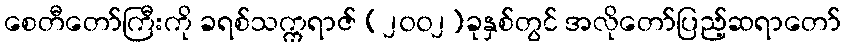
စေတီတော်ကြီးကို ခရစ်သက္ကရာဇ် (၂၀၀၂)ခုနှစ်တွင် အလိုတော်ပြည့်ဆရာတော်